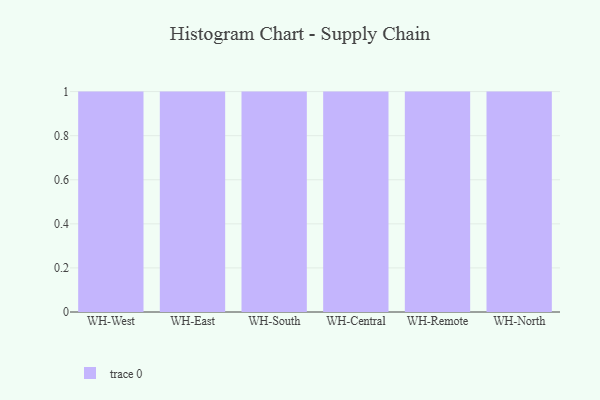
{"axis": {"x": "Warehouse", "y": "Customer Acquisition Cost (USD)"}, "legend": [""], "data": [{"x": "WH-West", "y": 74, "type": ""}, {"x": "WH-East", "y": 11, "type": ""}, {"x": "WH-South", "y": 76, "type": ""}, {"x": "WH-Central", "y": 40, "type": ""}, {"x": "WH-Remote", "y": 90, "type": ""}, {"x": "WH-North", "y": 6, "type": ""}]}